Scottish Leaving Certificate Examination, 1959
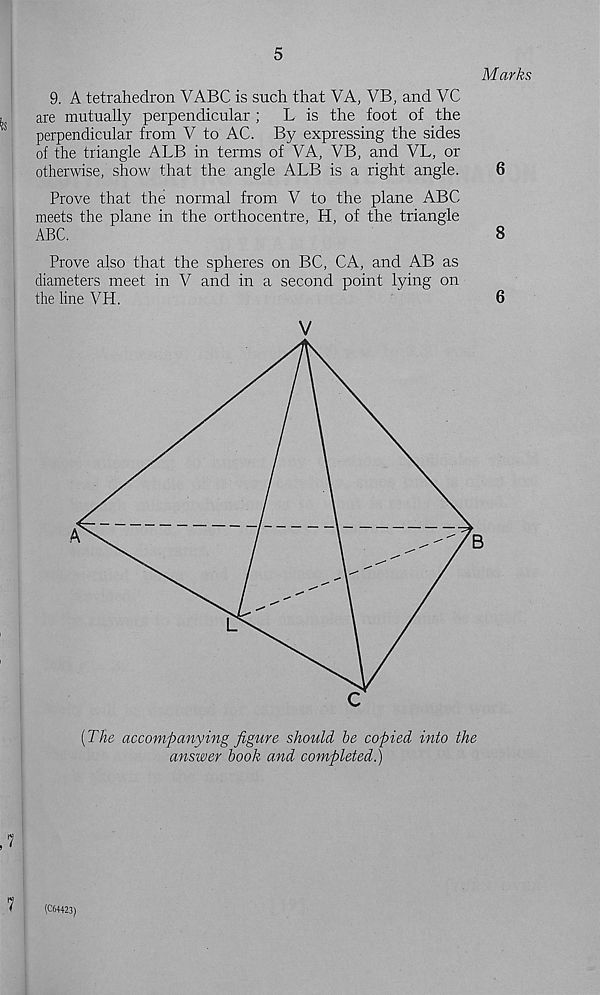
5
Marks
9. A tetrahedron VABC is such that VA, VB, and VC
are mutually perpendicular ;
L is the foot of the
perpendicular from V to AC. By expressing the sides
of the triangle ALB in terms of VA, VB, and VL, or
otherwise, show that the angle ALB is a right angle.
6
Prove that the normal from V to the plane ABC
meets the plane in the orthocentre, H, of the triangle
ABC.
8
Prove also that the spheres on BC, CA, and AB as
diameters meet in V and in a second point lying on
the line VH.
'
6
V
[The accompanying figure should be copied into the
answer book and completed.)
7
(C64423)